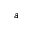
a